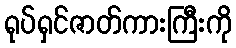
ရုပ်ရှင်ဇာတ်ကားကြီးကို